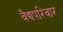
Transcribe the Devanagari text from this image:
वैद्यपरिवार